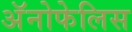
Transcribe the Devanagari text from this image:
अॅनोफेलिस